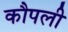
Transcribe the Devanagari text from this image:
कौपली